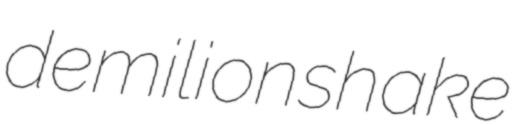
demilion shake